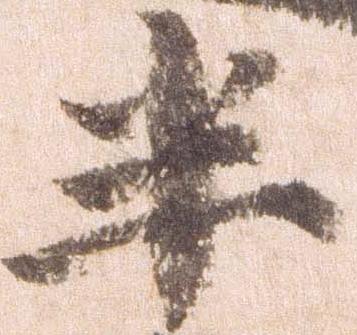
半